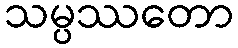
သမ္ပဿတော